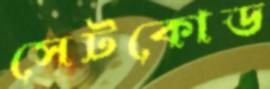
সেটকোড